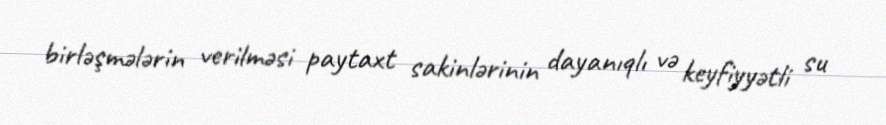
birləşmələrin verilməsi paytaxt sakinlərinin dayanıqlı və keyfiyyətli su